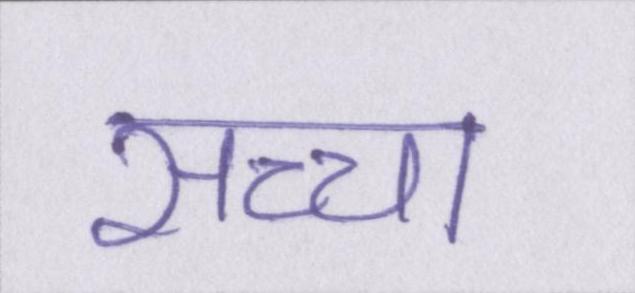
सच्चा